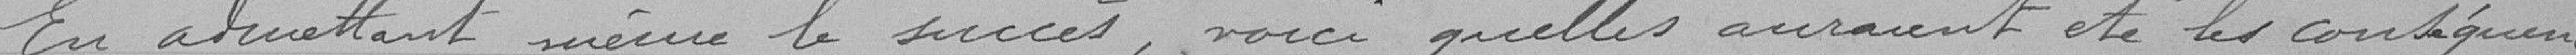
En admettant même le procès, voici quelles aurait été les conséquences